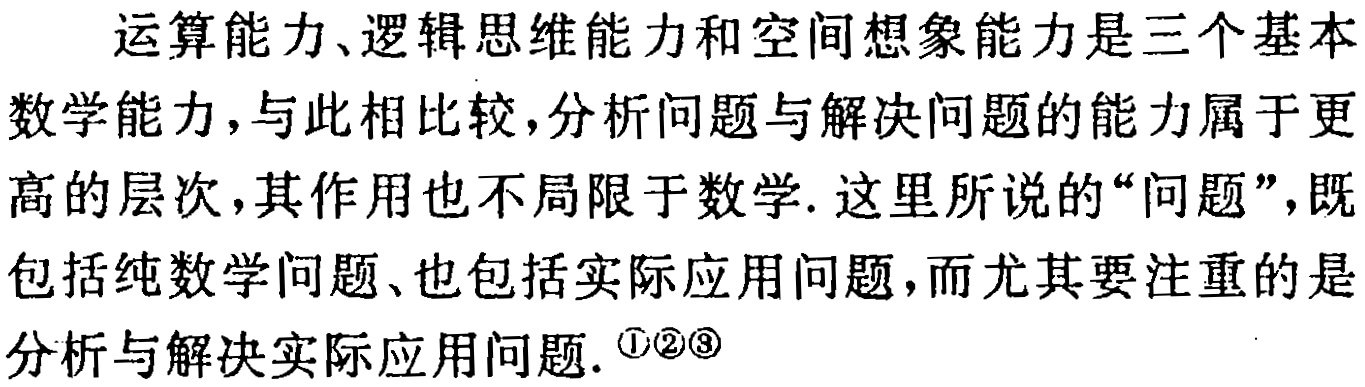
运算能力、逻辑思维能力和空间想象能力是三个基本数学能力, 与此相比较, 分析问题与解决问题的能力属于更高的层次, 其作用也不局限于数学. 这里所说的“问题”, 既包括纯数学问题、也包括实际应用问题, 而尤其要注重的是分析与解决实际应用问题. \textcircled{1}\textcircled{2}\textcircled{3}